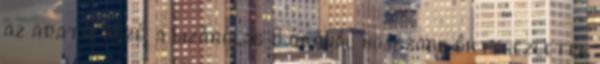
az adatai közé, a kizárólag 8 óránál hosszabb értekezletek